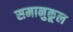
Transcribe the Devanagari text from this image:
समानुकूल